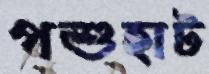
পশুহাট